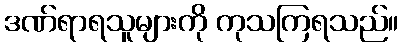
ဒဏ်ရာရသူများကို ကုသကြရသည်။